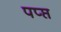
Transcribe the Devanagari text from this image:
पप्प्त